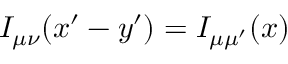
{ \cal I } _ { \mu \nu } ( x ^ { \prime } - y ^ { \prime } ) = { \cal I } _ { \mu \mu ^ { \prime } } ( x )